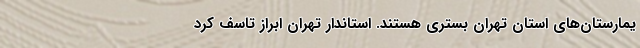
یمارستان‌های استان تهران بستری هستند. استاندار تهران ابراز تاسف کرد